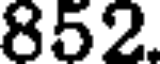
852.